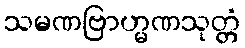
သမဏဗြာဟ္မဏသုတ္တံ